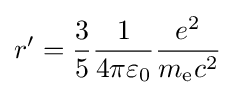
r'={\frac {3}{5}}{\frac {1}{4\pi \varepsilon _{0}}}{\frac {e^{2}}{m_{\text{e}}c^{2}}}